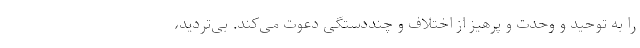
را به توحید و وحدت و پرهیز از اختلاف و چنددستگی دعوت می‌کند. بی‌تردید،